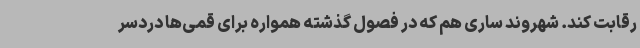
رقابت کند. شهروند ساری هم که در فصول گذشته همواره برای قمی‌ها دردسر